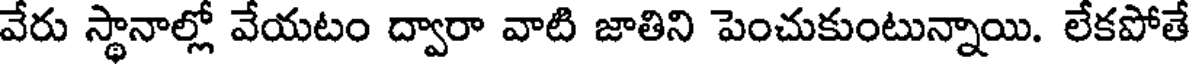
వేరు స్థానాల్లో వేయటం ద్వారా వాటి జాతిని పెంచుకుంటున్నాయి. లేకపోతే